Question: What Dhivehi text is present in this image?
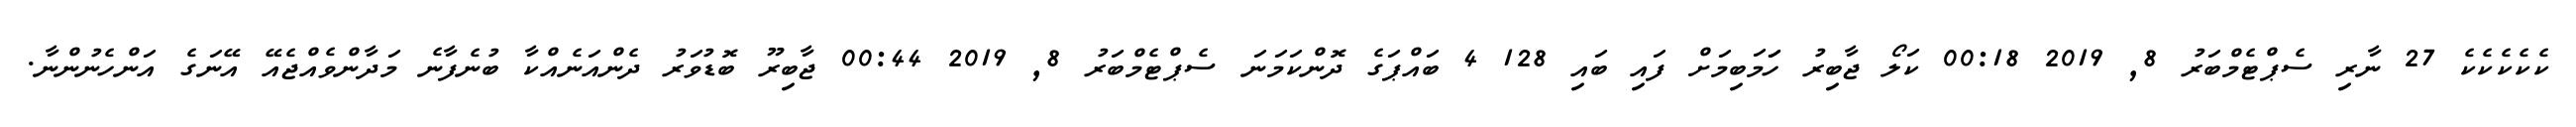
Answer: ކެކެކެކެކެ 27 ނާރި ސެޕްޓެމްބަރު 8, 2019 00:18 ކަލޯ ޖާބިރު ހަަމަބިމަށް ފައި ބައި 128 4 ބައްޕަގެ ދޮންކަމަނަ ސެޕްޓެމްބަރު 8, 2019 00:44 ޖާބިރޫ ބޮޑުވަރު ދެންއަނެއްކާ ބުނެފާނެ މަދާންވެއްޖެއޭ އޭނަގެ އަންހެނުންނާ.